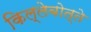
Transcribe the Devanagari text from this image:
किल्लेबोत्ते